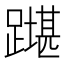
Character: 𲄇